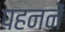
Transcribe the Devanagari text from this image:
पहननें